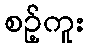
စဉ့်ကူး